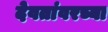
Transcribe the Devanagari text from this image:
देवतांवरच्या